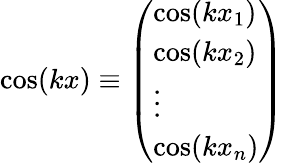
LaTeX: \begin{array}{r}{\cos(kx)\equiv\left(\begin{array}{l}{\cos(kx_{1})}\\ {\cos(kx_{2})}\\ {\vdots}\\ {\cos(kx_{n})}\end{array}\right)}\end{array}